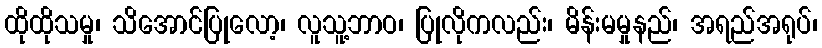
ထိုထိုသမှု၊ သိအောင်ပြုလော့၊ လူသူ့ဘာဝ၊ ပြုလိုကလည်း၊ မိန်းမမှုနည်၊ အရည်အရုပ်၊